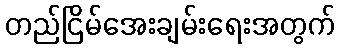
တည်ငြိမ်အေးချမ်းရေးအတွက်